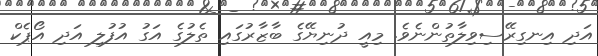
އަދި އިނގިރޭސިވިލާތުންނެވެ. މިއީ ދުނިޔޭގެ ބާޒާރުގައި ތެލުގެ އަގު އުފުލި އަދި އޯޕެކް